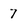
Character: 7